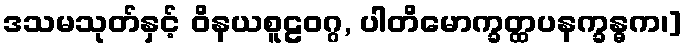
ဒသမသုတ်နှင့် ဝိနယစူဠဝဂ္ဂ, ပါတိမောက္ခတ္ထပနက္ခန္ဓက၊]